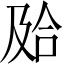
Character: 𰇮